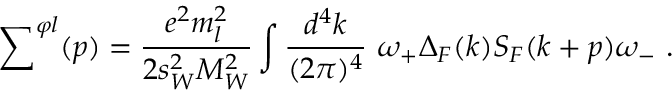
{ \sum } ^ { \varphi l } ( p ) = \frac { e ^ { 2 } m _ { l } ^ { 2 } } { 2 s _ { W } ^ { 2 } M _ { W } ^ { 2 } } \int \frac { d ^ { 4 } k } { ( 2 \pi ) ^ { 4 } } \ \omega _ { + } \Delta _ { F } ( k ) S _ { F } ( k + p ) \omega _ { - } \ .